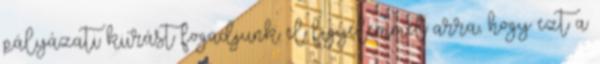
pályázati kiírást fogadjunk el figyelemmel arra, hogy ezt a